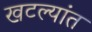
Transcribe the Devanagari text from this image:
खटल्यांत